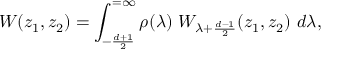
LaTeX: W ( z _ { 1 } , z _ { 2 } ) = \int _ { - { \frac { d + 1 } { 2 } } } ^ { = \infty } \rho ( \lambda ) \ W _ { \lambda + \frac { d - 1 } { 2 } } ( z _ { 1 } , z _ { 2 } ) \ d \lambda ,